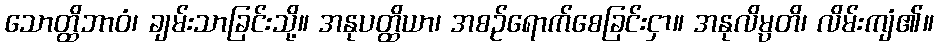
သောတ္ထိဘာဝံ၊ ချမ်းသာခြင်းသို့။ အနုပတ္ထိယာ၊ အစဉ်ရောက်စေခြင်းငှာ။ အနုလိမ္ပတိ၊ လိမ်းကျံ၏။